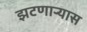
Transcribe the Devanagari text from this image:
झटणाऱ्यास